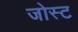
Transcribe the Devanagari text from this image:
जोस्ट